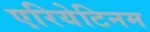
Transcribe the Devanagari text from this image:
एरियेटिनम